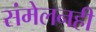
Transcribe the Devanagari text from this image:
संमेलनही